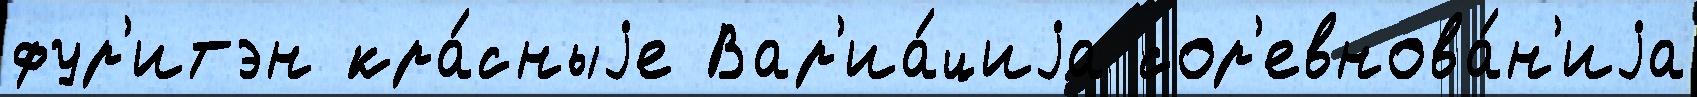
фур'итэн кра́сныjе Вар'иа́циjа сор'евнова́н'иjа